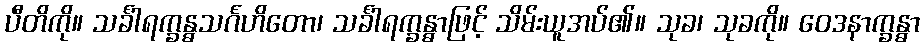
ပီတိကို။ သင်္ခါရက္ခန္ဓသင်္ဂဟိတော၊ သင်္ခါရက္ခန္ဓာဖြင့် သိမ်းယူအပ်၏။ သုခ၊ သုခကို။ ဝေဒနာက္ခန္ဓာ